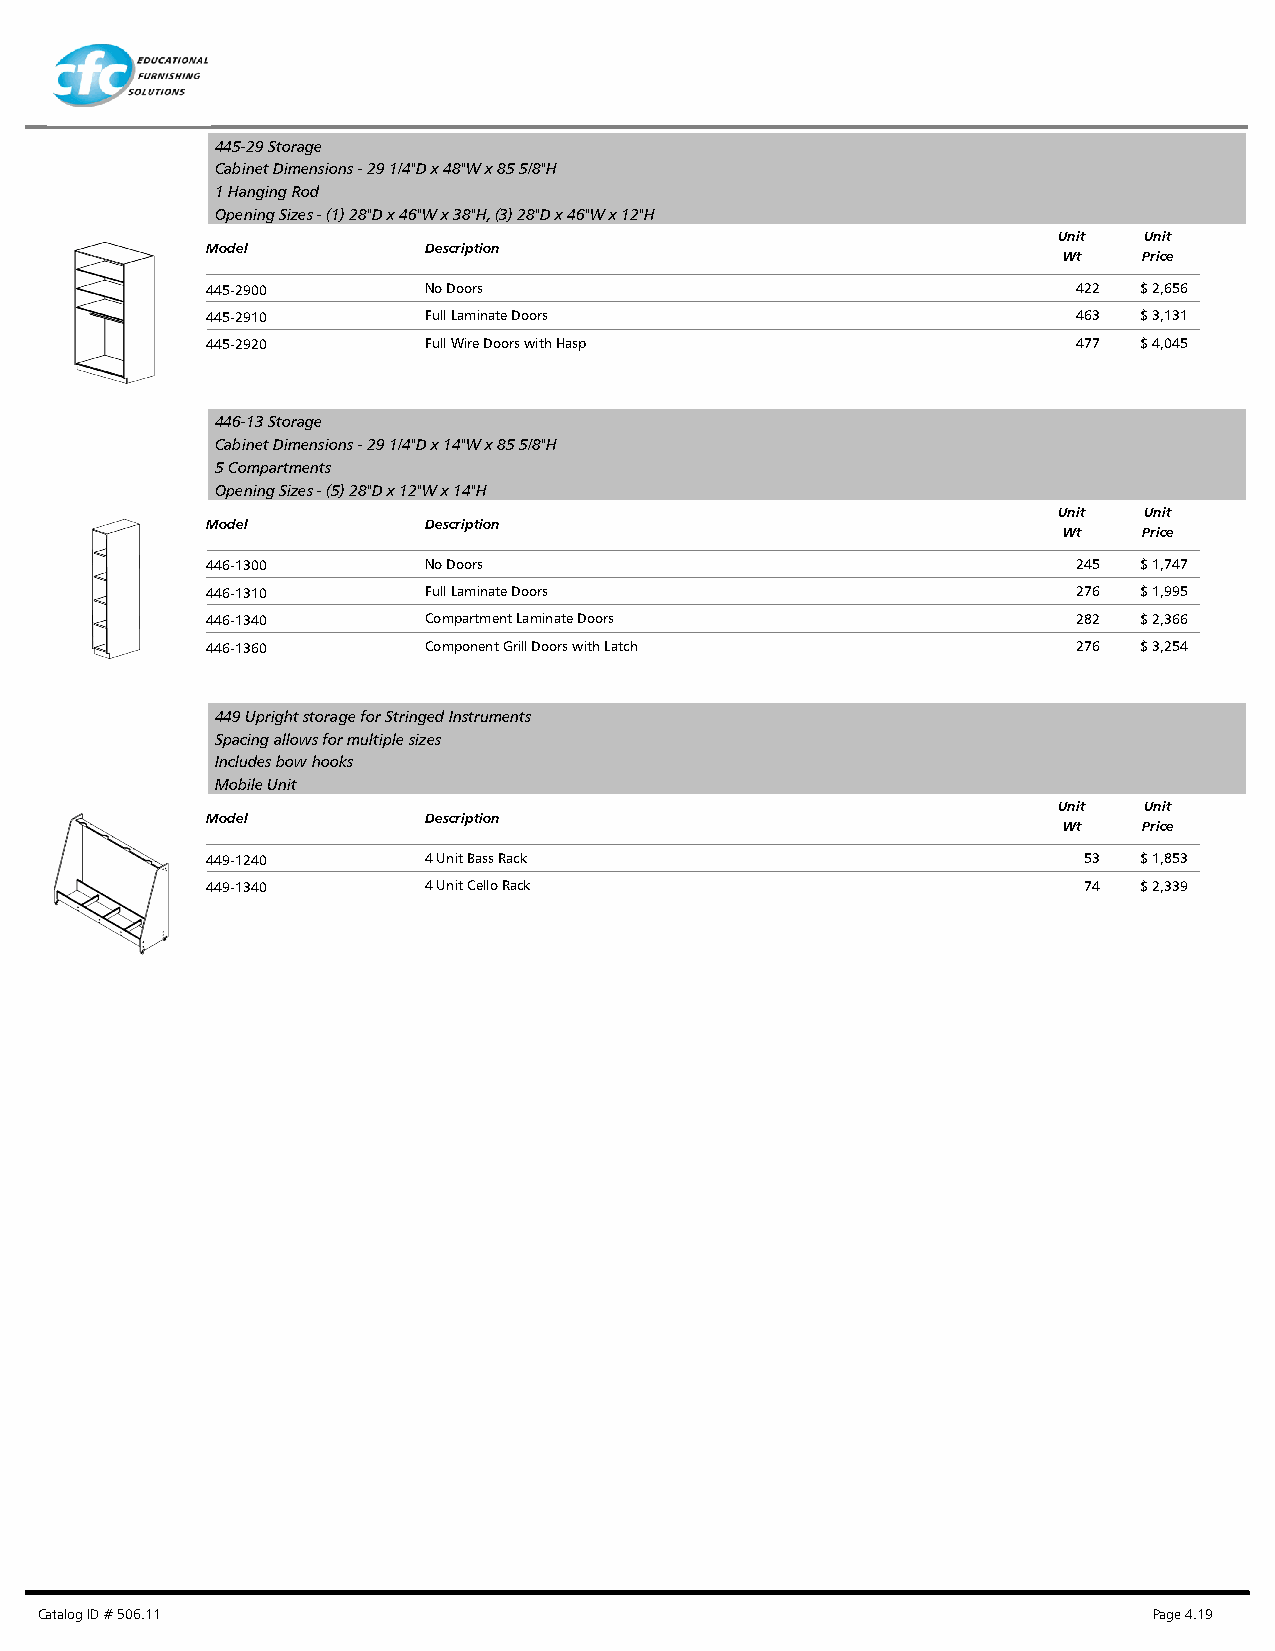
445-29 Storage
 Cabinet Dimensions - 29 1/4"D x 48"W x 85 5/8"H
 1 Hanging Rod
 Opening Sizes - (1) 28"D x 46"W x 38"H, (3) 28"D x 46"W x 12"H
 Unit  Unit
 Model         Description
 Wt    Price
 445-2900      No Doors                                   422 $ 2,656
 445-2910      Full Laminate Doors                        463 $ 3,131
 445-2920      Full Wire Doors with Hasp                  477 $ 4,045
 446-13 Storage
 Cabinet Dimensions - 29 1/4"D x 14"W x 85 5/8"H
 5 Compartments
 Opening Sizes - (5) 28"D x 12"W x 14"H
 Unit  Unit
 Model         Description
 Wt    Price
 446-1300      No Doors                                   245 $ 1,747
 446-1310      Full Laminate Doors                        276 $ 1,995
 446-1340      Compartment Laminate Doors                 282 $ 2,366
 446-1360      Component Grill Doors with Latch           276 $ 3,254
 449 Upright storage for Stringed Instruments
 Spacing allows for multiple sizes
 Includes bow hooks
 Mobile Unit
 Unit  Unit
 Model         Description
 Wt    Price
 449-1240      4 Unit Bass Rack                            53 $ 1,853
 449-1340      4 Unit Cello Rack                           74 $ 2,339
 Catalog ID # 506.11                                                       Page 4.19